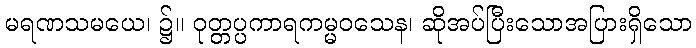
မရဏသမယေ၊ ၌။ ဝုတ္တပ္ပကာရကမ္မဝသေန၊ ဆိုအပ်ပြီးသောအပြားရှိသော